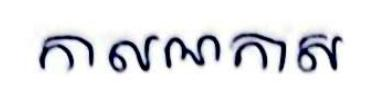
កាលណកាស